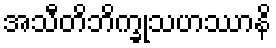
အသီတိဘိက္ခုသဟဿာနိ